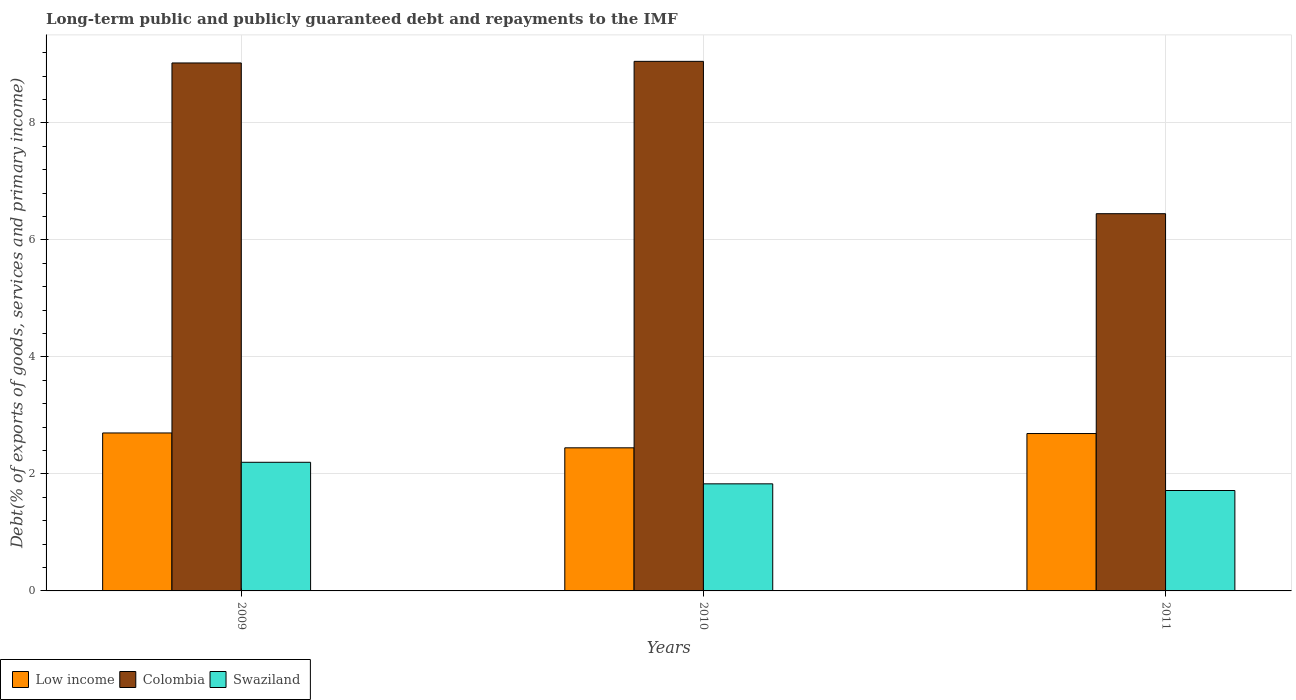
| Years | Low income | Colombia | Swaziland |
 | --- | --- | --- | --- |
 | 2009 | 2.7 | 9.02 | 2.2 |
 | 2010 | 2.45 | 9.05 | 1.83 |
 | 2011 | 2.69 | 6.45 | 1.72 |